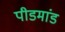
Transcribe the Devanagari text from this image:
पीडमांड